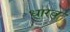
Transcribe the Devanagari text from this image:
धारवु